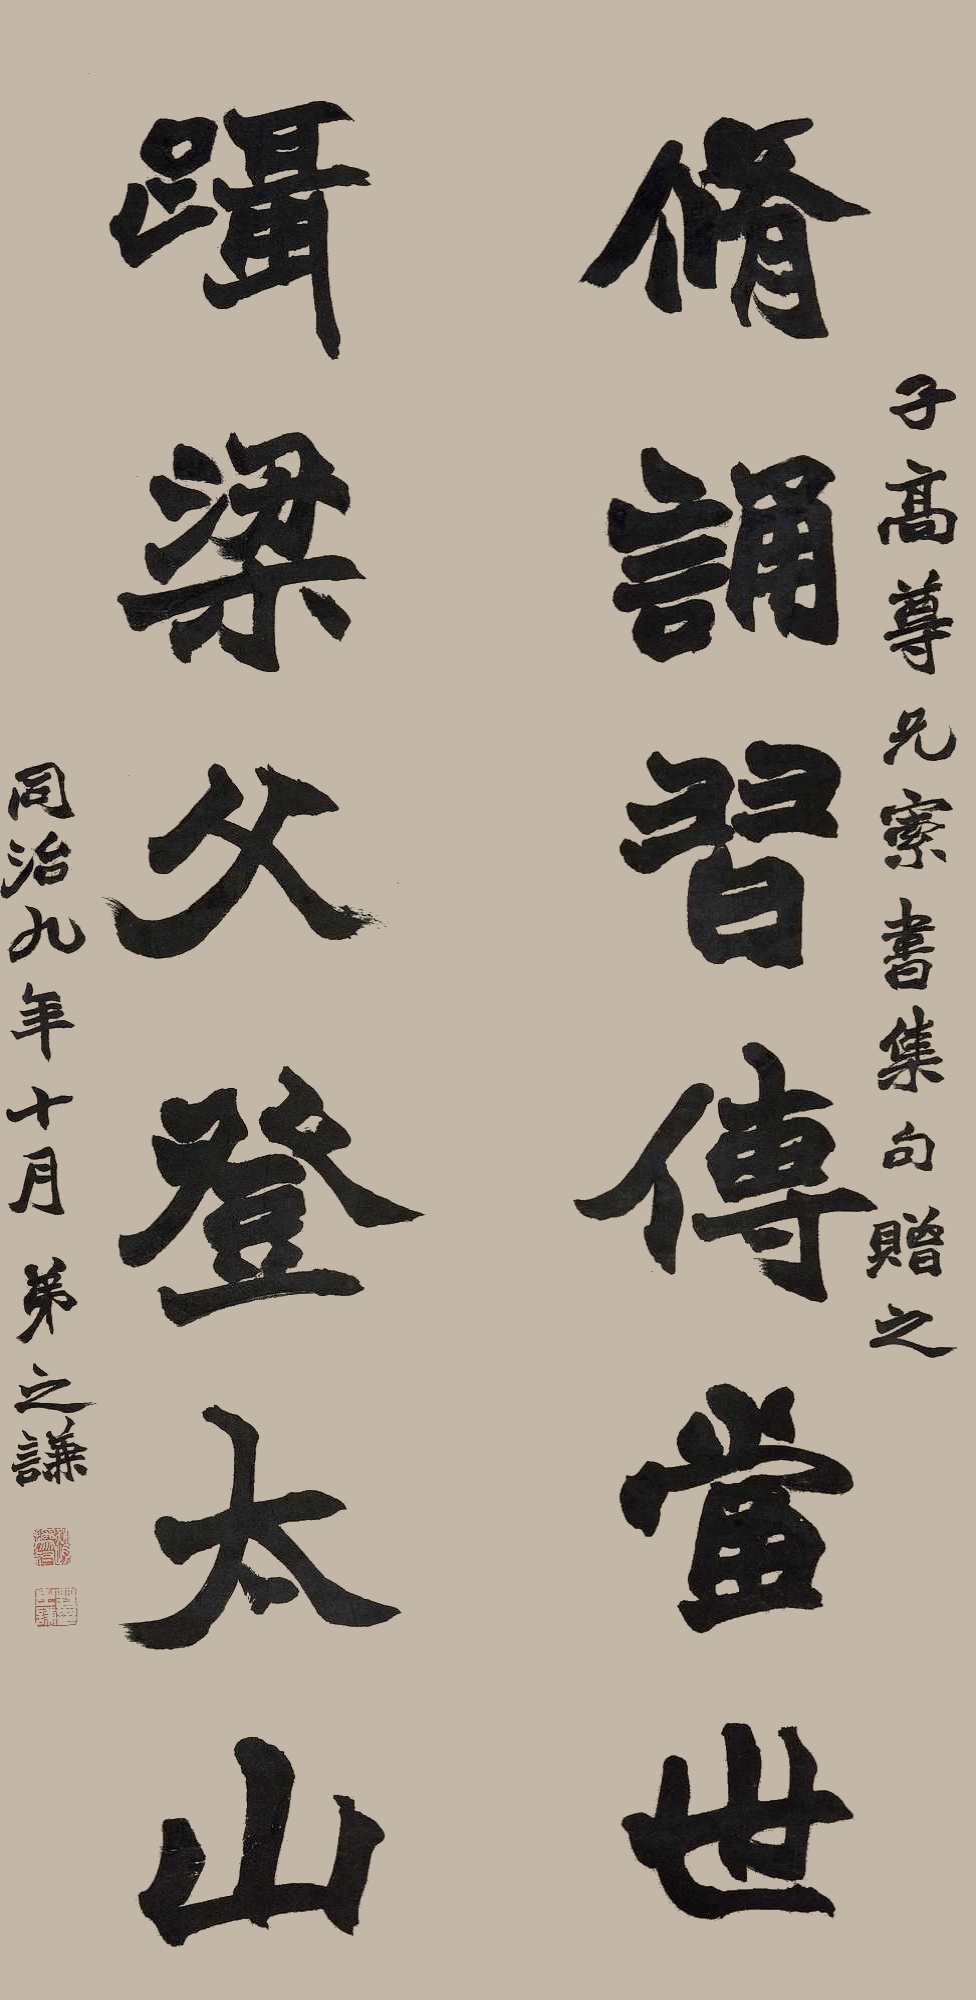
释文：修诵习传党世，蹑梁父登太山。子高尊兄索书集句赠之，同治九年十月，弟之谦。